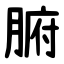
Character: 腑